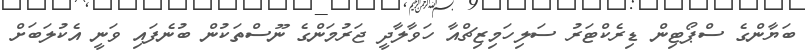
ބަޔާންގެ ސްޕޯޓިން ޑިރެކްޓަރު ސަލިހަމިޒިޗްްއާ ހަވާލާދީ ޖަރުމަންގެ ނޫސްތަކުން ބުނެފައި ވަނީ އެކުލަބަށް